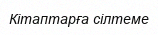
Кітаптарға сілтеме